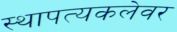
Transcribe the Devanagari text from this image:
स्थापत्यकलेवर